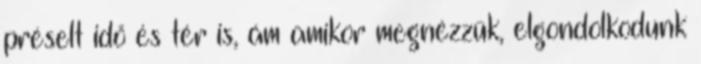
préselt idő és tér is, ám amikor megnézzük, elgondolkodunk